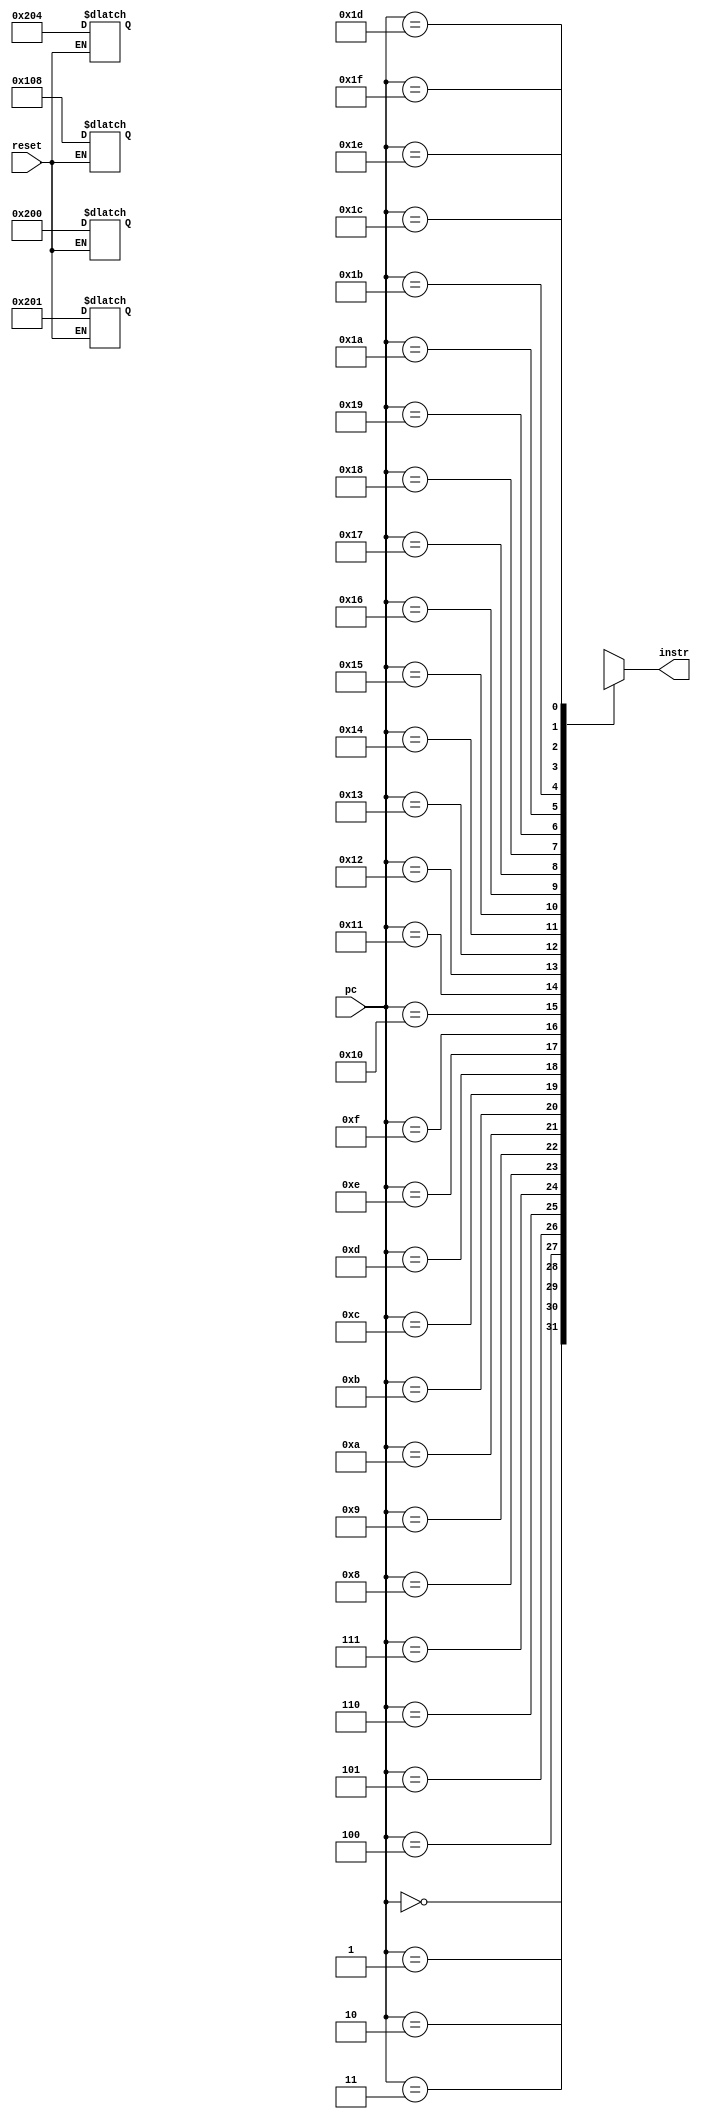
module im(
		input [4:0] pc,
		input reset,
		output [31:0] instr);
		
		reg [31:0] mem[0:31];		//32 mem locns each 32 bit wide
		
		always @(pc)
			instr = mem[pc];
			
		always @(reset) begin
			if(reset) begin
				
				//initialization
				mem[0] = 32'h00000200;
				mem[1] = 32'h00000201;
				mem[2] = 32'h00000204;
				mem[3] = 32'h00000108;
				
			end
		end	
		
	endmodule